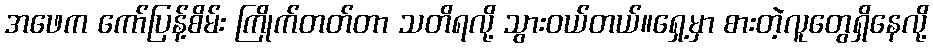
အဖေက ကော်ပြန့်စိမ်း ကြိုက်တတ်တာ သတိရလို့ သွားဝယ်တယ်။ရှေ့မှာ စားတဲ့လူတွေရှိနေလို့